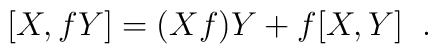
[X,fY] = (Xf)Y + f[X,Y]\;\;.